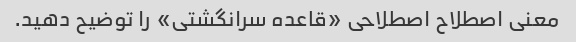
معنی اصطلاح اصطلاحی «قاعده سرانگشتی» را توضیح دهید.